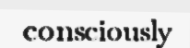
consciously